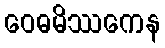
ဝေဓမိဿကေန